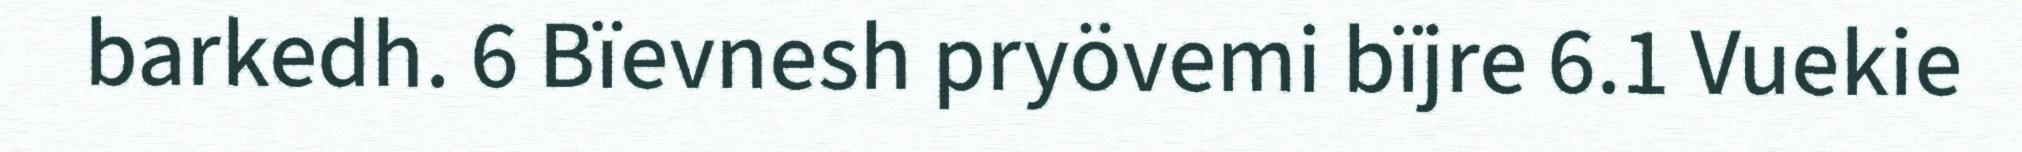
barkedh. 6 Bïevnesh pryövemi bïjre 6.1 Vuekie